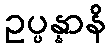
ဥပ္ပန္နာနိ